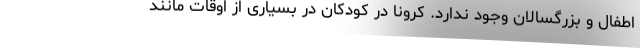
اطفال و بزرگسالان وجود ندارد. کرونا در کودکان در بسیاری از اوقات مانند